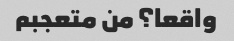
واقعا؟ من متعجبم